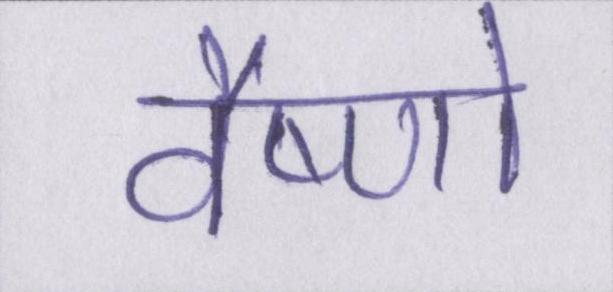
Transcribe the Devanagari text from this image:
वैष्णो